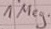
Text: 1Meg.